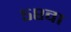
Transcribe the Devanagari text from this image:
५८वा